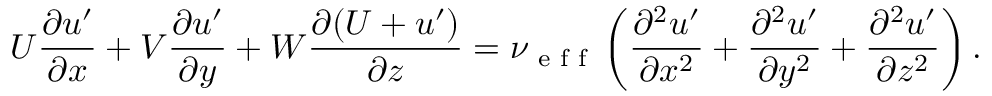
U \frac { \partial u ^ { \prime } } { \partial x } + V \frac { \partial u ^ { \prime } } { \partial y } + W \frac { \partial ( U + u ^ { \prime } ) } { \partial z } = \nu \textsubscript { e f f } \left( \frac { \partial ^ { 2 } u ^ { \prime } } { \partial x ^ { 2 } } + \frac { \partial ^ { 2 } u ^ { \prime } } { \partial y ^ { 2 } } + \frac { \partial ^ { 2 } u ^ { \prime } } { \partial z ^ { 2 } } \right) .